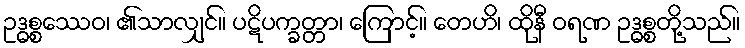
ဥဒ္ဓစ္စဿေဝ၊ ၏သာလျှင်။ ပဋိပက္ခတ္တာ၊ ကြောင့်။ တေဟိ၊ ထိုနီ ဝရဏ ဥဒ္ဓစ္စတို့သည်။